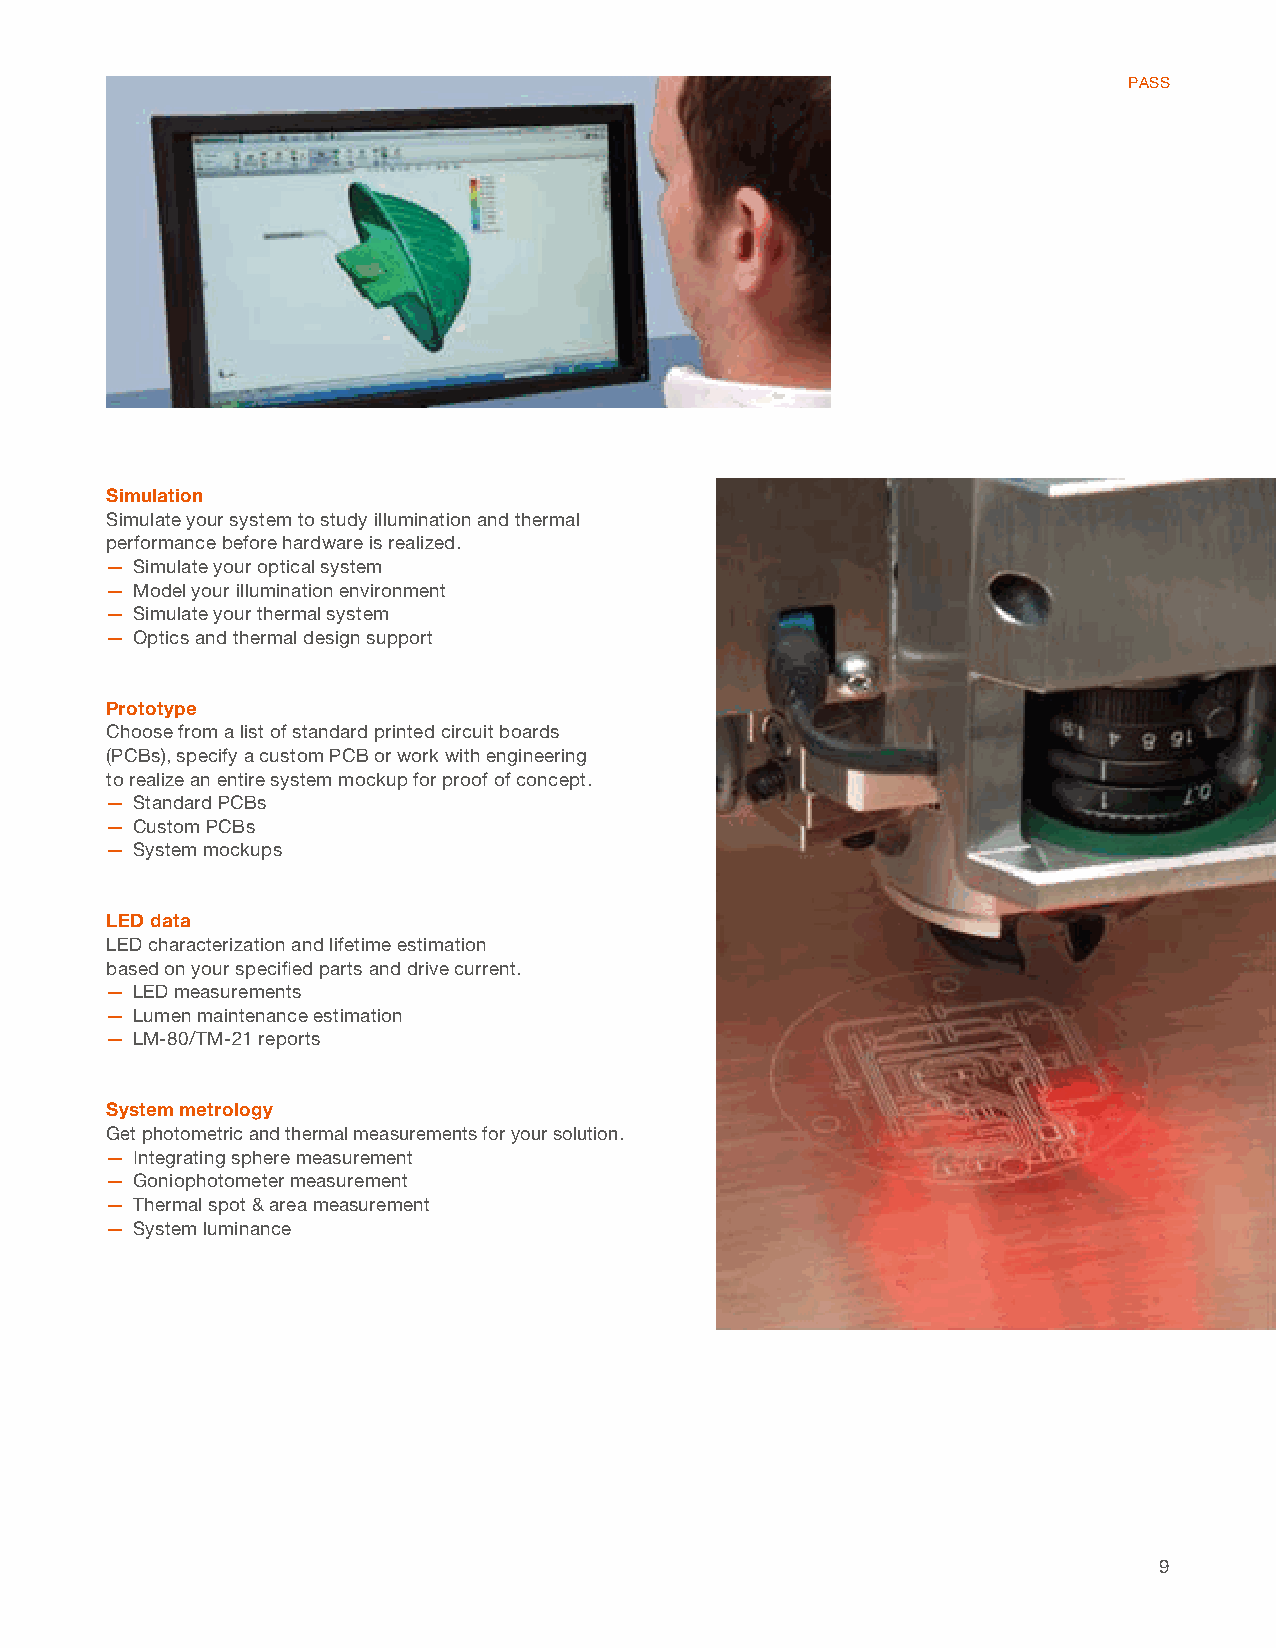
PASS
 Simulation
 Simulate your system to study illumination and thermal
 performance before hardware is realized.
 — Simulate your optical system
 — Model your illumination environment
 — Simulate your thermal system
 — Optics and thermal design support
 Prototype
 Choose from a list of standard printed circuit boards
 (PCBs), specify a custom PCB or work with engineering
 to realize an entire system mockup for proof of concept.
 — Standard PCBs
 — Custom PCBs
 — System mockups
 LED data
 LED characterization and lifetime estimation
 based on your specifi ed parts and drive current.
 — LED measurements
 — Lumen maintenance estimation
 — LM-80/TM-21 reports
 System metrology
 Get photometric and thermal measurements for your solution.
 — Integrating sphere measurement
 — Goniophotometer measurement
 — Thermal spot & area measurement
 — System luminance
 9